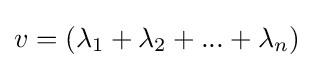
v=(\lambda _{1}+\lambda _{2}+...+\lambda _{n})